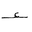
Letter: _hamza